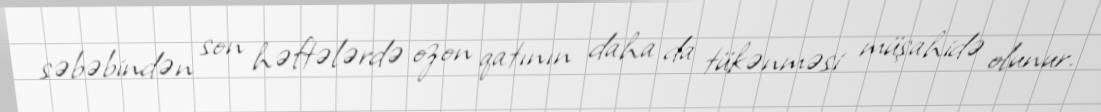
səbəbindən son həftələrdə ozon qatının daha da tükənməsi müşahidə olunur.